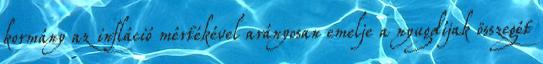
kormány az infláció mértékével arányosan emelje a nyugdíjak összegét